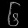
Digit: ၆